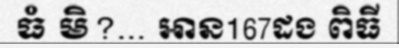
ធំ មិ?... អាន167ដង ពិធី